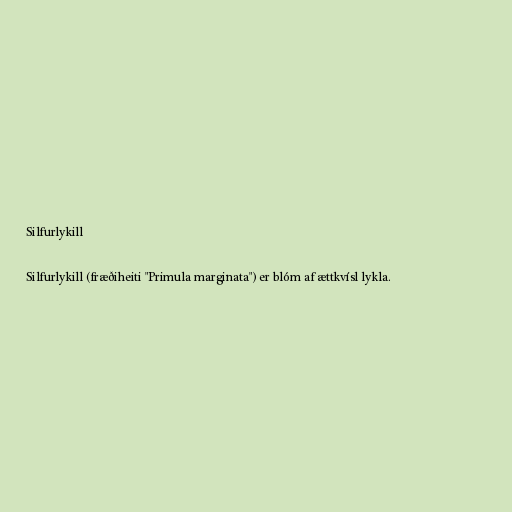
Silfurlykill

Silfurlykill (fræðiheiti "Primula marginata") er blóm af ættkvísl lykla.